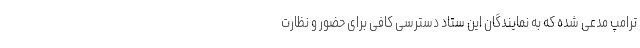
ترامپ مدعی شده که به نمایندگان این ستاد دسترسی کافی برای حضور و نظارت